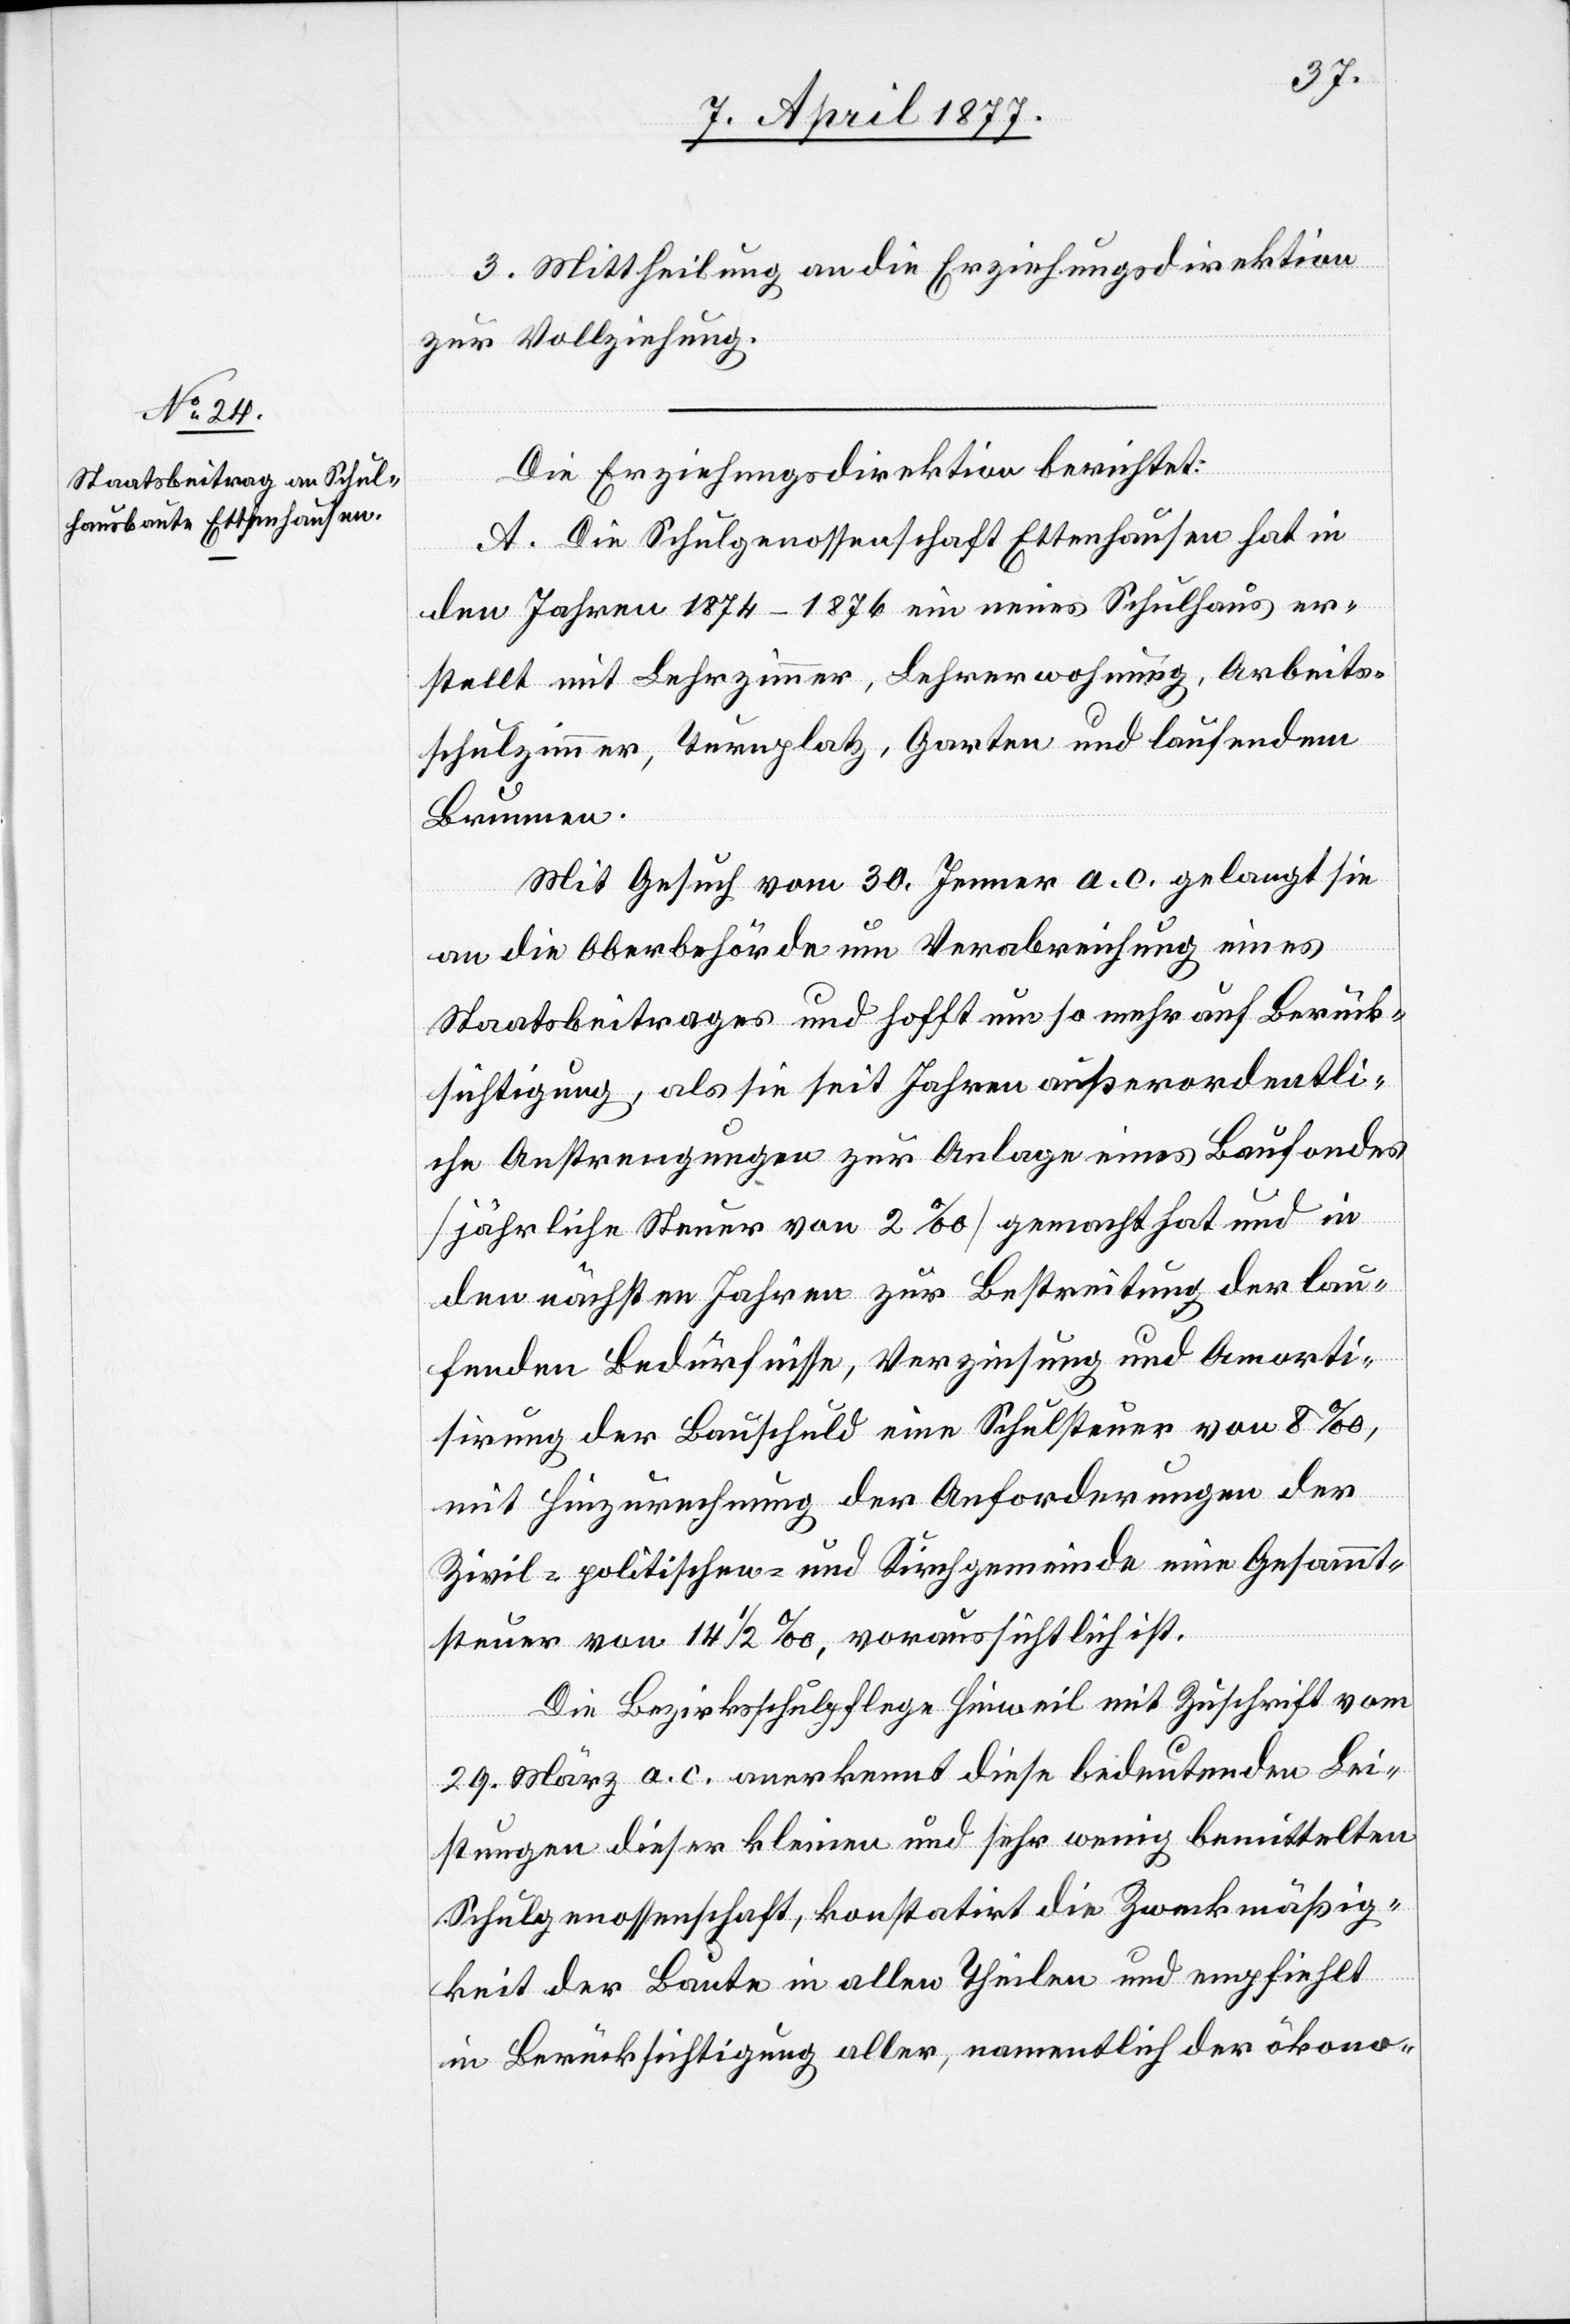
3. Mittheilung an die Erziehungsdirektion
zur Vollziehung.
Die Erziehungsdirektion berichtet:
A. Die Schulgenossenschaft Ettenhausen hat in
den Jahren 1874–1876 ein neues Schulhaus er¬
stellt mit Lehrzimmer, Lehrerwohnung, Arbeits¬
schulzimmer, Turnplatz, Garten und laufendem
Brunnen.
Mit Gesuch vom 30. Jenner a. c. gelangt sie
an die Oberbehörde um Verabreichung eines
Staatsbeitrages und hofft um so mehr auf Berück¬
sichtigung, als sie seit Jahren außerordentli¬
che Anstrengungen zur Anlage eines Baufondes
[jährliche Steuer von 2‰] gemacht hat und in
den nächsten Jahren zur Bestreitung der lau¬
fenden Bedürfnisse, Verzinsung und Amorti¬
sirung der Bauschuld eine Schulsteuer von 8‰,
mit Hinzurechnung der Anforderungen der
Zivil- politischen- und Kirchgemeinde eine Gesammt¬
steuer von 14 1/2‰, voraussichtlich ist.
Die Bezirksschulpflege Hinweil mit Zuschrift vom
29. März a. c. anerkennt diese bedeutenden Lei¬
stungen dieser kleinen und sehr wenig bemittelten
Schulgenossenschaft, konstatirt die Zweckmäßig¬
keit der Baute in allen Theilen und empfiehlt
in Berücksichtigung aller, namentlich der ökono-